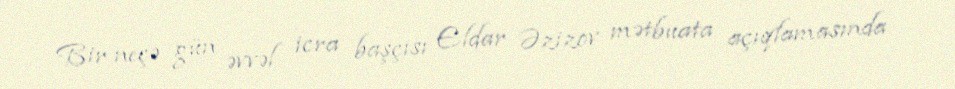
Bir neçə gün əvvəl icra başçısı Eldar Əzizov mətbuata açıqlamasında